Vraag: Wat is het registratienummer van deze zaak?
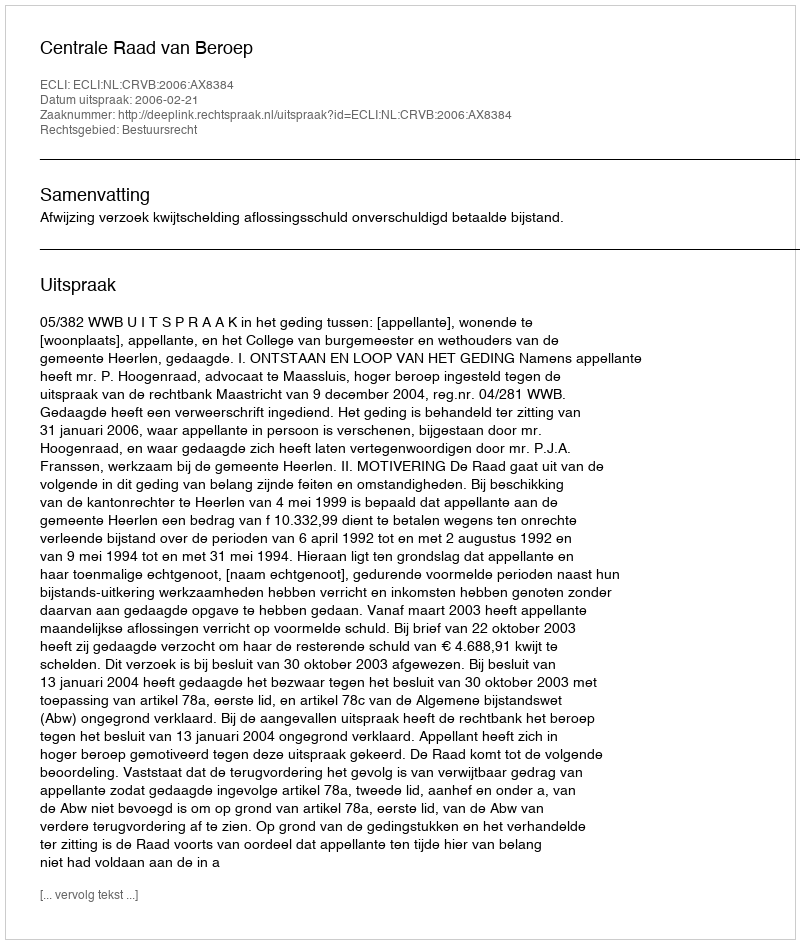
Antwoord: http://deeplink.rechtspraak.nl/uitspraak?id=ECLI:NL:CRVB:2006:AX8384